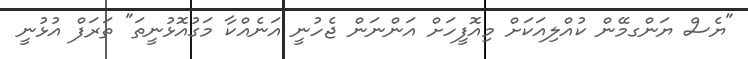
"ޔެސް ޔަންގމޭން ކުއްލިއަކަށް މިއޮފީހަށް އަންނަން ޖެހުނީ އަނެއްކާ މަގުއޮޅުނީތަ" ތަރަފް އުޅުނީ